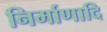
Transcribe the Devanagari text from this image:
निर्माणादि